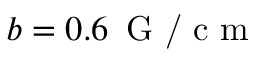
b = 0 . 6 \, \textrm { G / c m }